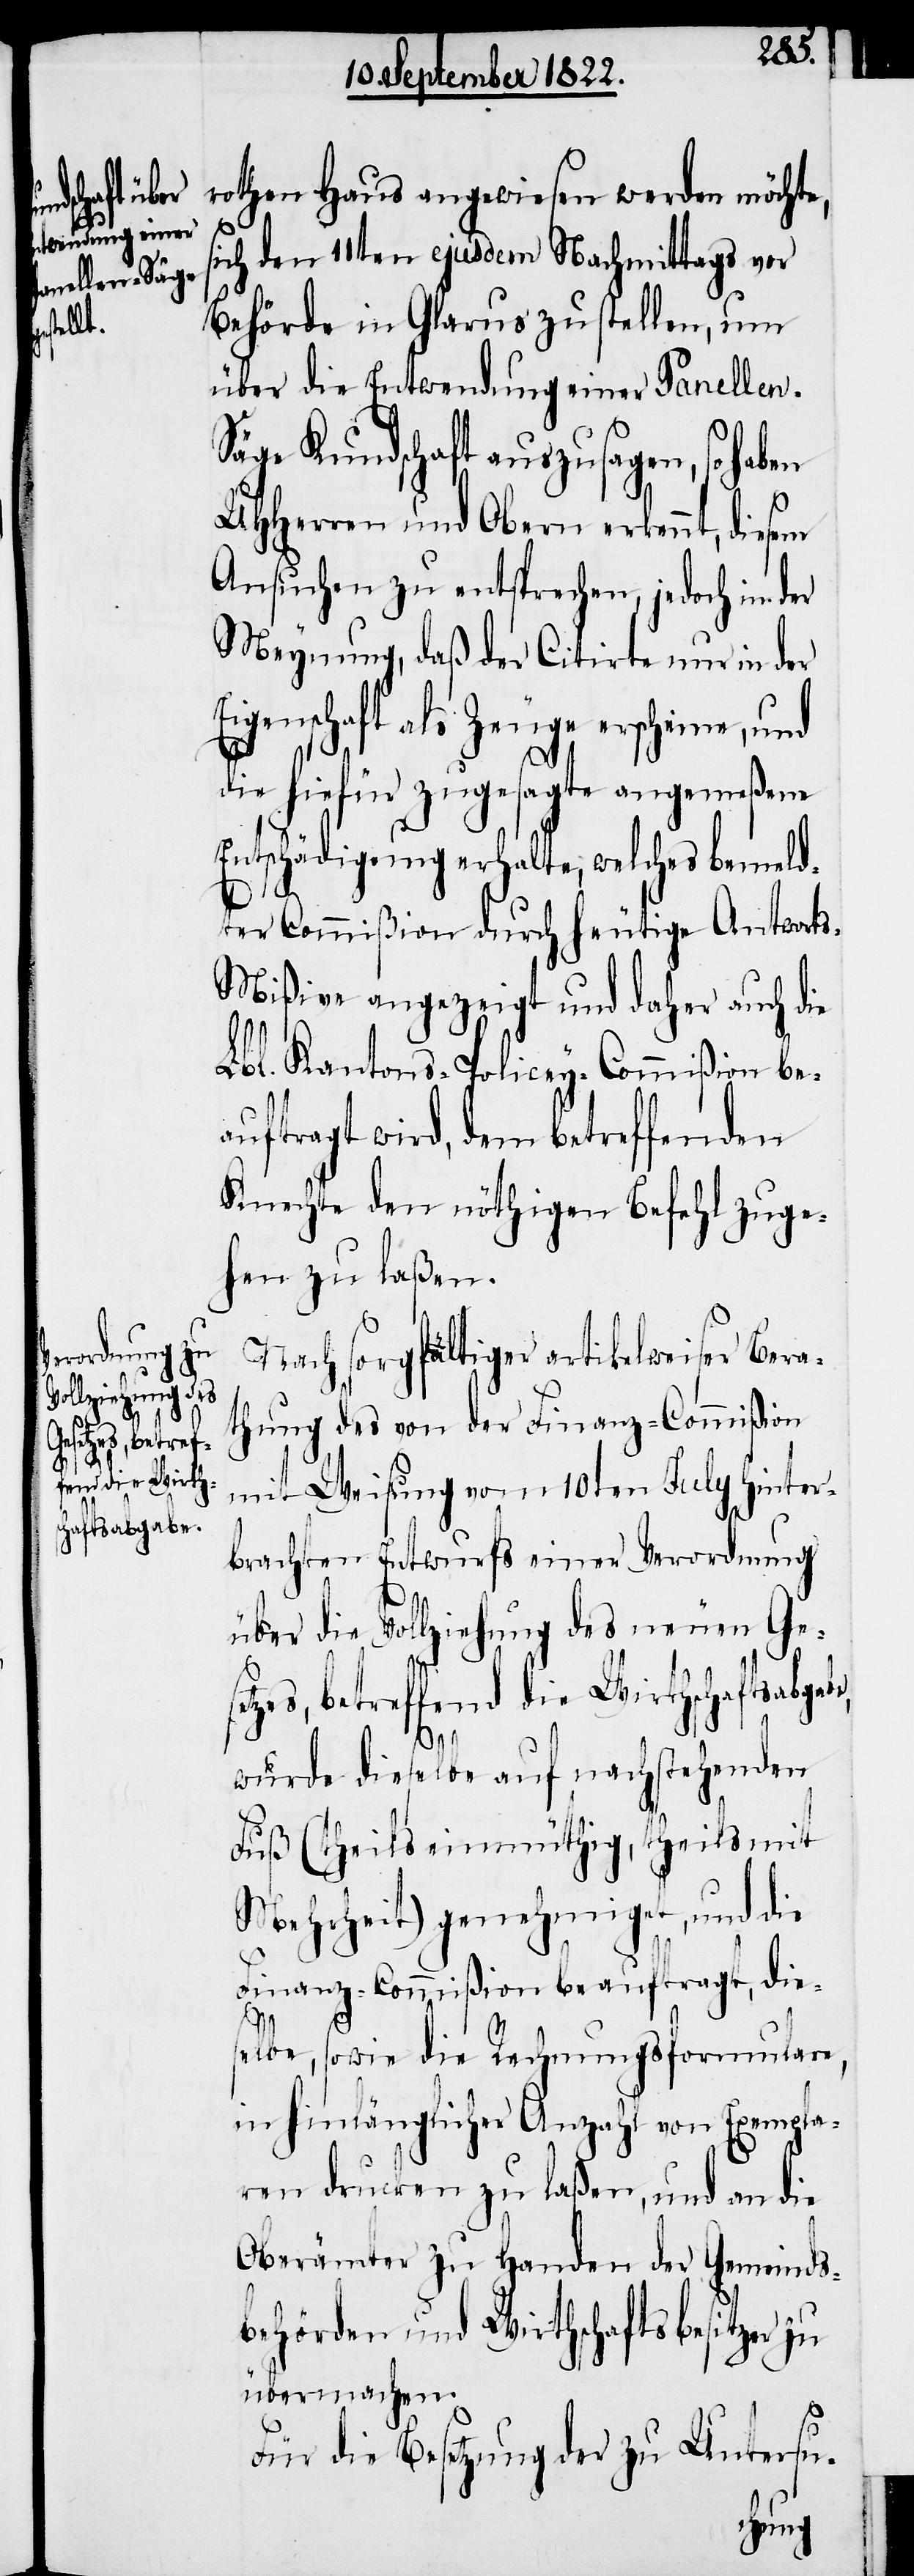
gestrigem Tage
Knecht
das
setzes, betref¬
fend die Wirths¬
chaftsabgabe,

rothen Haus angewiesen werden möchte,
s¬
ich den 11ten ejusdem Nachmittags vor
Behörde in Glarus zu stellen, um
über die Entwendung einer Panellen-S¬
äge Kundschaft auszusagen, so haben
UHHerrn und Obern erkennt, diesem
Ansuchen zu entsprechen, jedoch in der
Meynung, daß der Citirte nur in der
Eigenschaft als Zeuge erscheine, und
die hiefür zugesagte angemeßene
Entschädigung erhalte, welche bemeld¬
ter Commißion durch heutige Antwort¬
s-Mißive angezeigt und daher auch die
Lbl.
Lbl. Kantons-Policey-Commißion bea¬
uftragt wird, dem betreffenden
Knechte den nöthigen Befehl zuge¬
hen zu laßen.
Nach sorgfältiger artikelweiser Bera¬
thung des von der Finanz-Commißion
mit Weisung vom 10ten July hinter¬
brachten Entwurfs einer Verordnung
über die Vollziehung des neuen Ge¬
wurde dieselbe auf nachstehenden
Fuß (theils einmüthig, theils mit
Mehrheit) genehmiget, und die
Finanz-Commißion beauftragt, dies¬
elbe, sowie die Rechnungsformulare,
in hinlänglicher Anzahl von Exempla¬
ren drucken zu laßen, und an die
Oberämter zu Handen der Gemeinds¬
behörden und Wirthschaftsbesitzer zu
übermachen.
Für die Besetzung der zu Untersu-